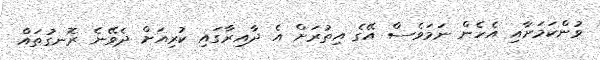
ވުންކަމަށާއި އެހެން ނަމަވެސް އޭގެ އިތުރަށް އެ ދާއިރާގައި ކުރިއަށް ދެވޭނެ ރޮނގުތައް